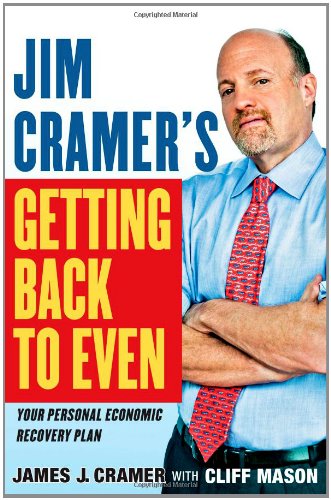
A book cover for Jim Cramer's Getting Back to Even; James J. Cramer; Business & Money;